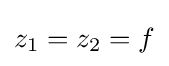
z_{1}=z_{2}=f